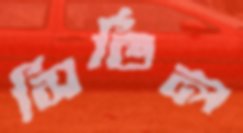
সির্ভিল